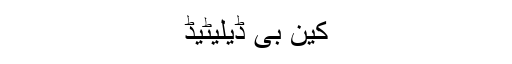
کین بی ڈیلیٹیڈ